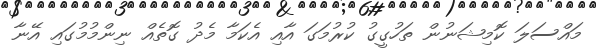
މައްސަލަ ކޮމިޝަނުން ތަހުގީގު ކުރުމަގަ އާއި އެކަމާ މެދު ގޮތެއް ނިންމުމުގައި އޭނާ